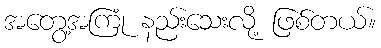
အတွေ့အကြုံ နည်းသေးလို့ ဖြစ်တယ်။